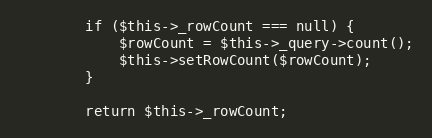
Language: PHP
        if ($this->_rowCount === null) {
            $rowCount = $this->_query->count();
            $this->setRowCount($rowCount);
        }

        return $this->_rowCount;